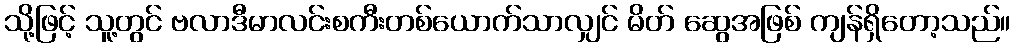
သို့ဖြင့် သူ့တွင် ဗလာဒီမာလင်းစကီးတစ်ယောက်သာလျှင် မိတ် ဆွေအဖြစ် ကျန်ရှိတော့သည်။